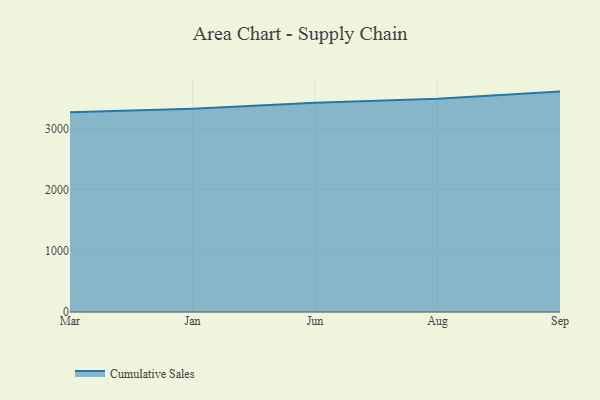
{"axis": {"x": "Month", "y": "Operating Costs (USD K)"}, "legend": ["Cumulative Sales"], "data": [{"x": "Mar", "y": 3263.6, "type": "Cumulative Sales"}, {"x": "Jan", "y": 3321.6, "type": "Cumulative Sales"}, {"x": "Jun", "y": 3419.6, "type": "Cumulative Sales"}, {"x": "Aug", "y": 3482.2, "type": "Cumulative Sales"}, {"x": "Sep", "y": 3600.3, "type": "Cumulative Sales"}]}